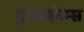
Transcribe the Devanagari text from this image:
इअरस्टेम्स